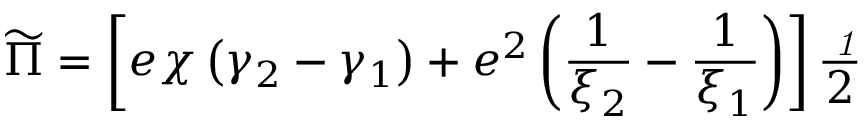
\widetilde { \Pi } = \left[ e \chi \left( \gamma _ { 2 } - \gamma _ { 1 } \right) + e ^ { 2 } \left( \frac 1 { \xi _ { 2 } } - \frac 1 { \xi _ { 1 } } \right) \right] \frac { { \it \Pi } _ { { \it 1 } } } 2